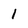
Character: 1